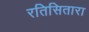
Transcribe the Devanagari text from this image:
रतिसितारा